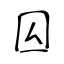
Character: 囜